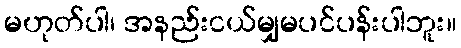
မဟုတ်ပါ၊ အနည်းငယ်မျှမပင်ပန်းပါဘူး။